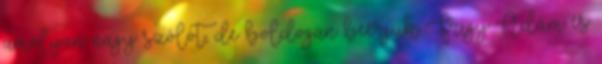
amolyan nagy szólót, de boldogan beérjük Frigy Ádám és